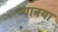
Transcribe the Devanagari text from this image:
व्यात्रया